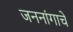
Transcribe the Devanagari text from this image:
जननांगाचे